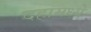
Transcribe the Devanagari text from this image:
दहामध्ये